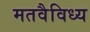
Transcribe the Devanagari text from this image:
मतवैविध्य